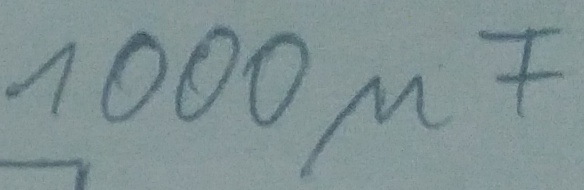
Text: 1000µF